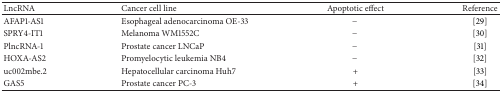
| LncRNA | Cancer cell line | Apoptotic effect | Reference |
 | --- | --- | --- | --- |
 | AFAP1-AS1 | Esophageal adenocarcinoma OE-33 | − | [29] |
 | SPRY4-IT1 | Melanoma WM1552C | − | [30] |
 | PlncRNA-1 | Prostate cancer LNCaP | − | [31] |
 | HOXA-AS2 | Promyelocytic leukemia NB4 | − | [32] |
 | uc002mbe.2 | Hepatocellular carcinoma Huh7 | + | [33] |
 | GAS5 | Prostate cancer PC-3 | + | [34] |